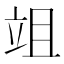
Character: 𥩢